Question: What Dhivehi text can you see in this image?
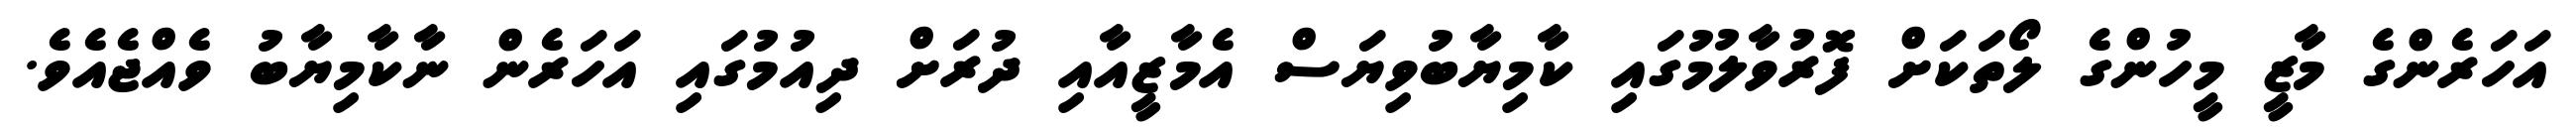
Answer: އަހަރެންގެ މާޒީ މީހުންގެ ލޯތަކަށް ފޮރުވާލުމުގައި ކާމިޔާބުވިޔަސް އެމާޒީއާއި ދުރަށް ދިއުމުގައި އަހަރެން ނާކާމިޔާބު ވެއްޖެއެވެ.